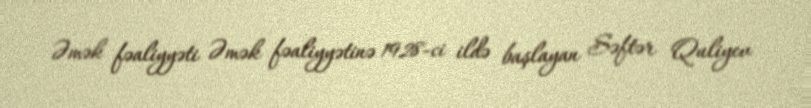
Əmək fəaliyyəti Əmək fəaliyyətinə 1928-ci ildə başlayan Səftər Quliyev